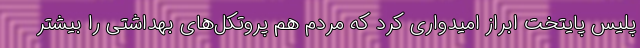
پلیس پایتخت ابراز امیدواری کرد که مردم هم پروتکل‌های بهداشتی را بیشتر